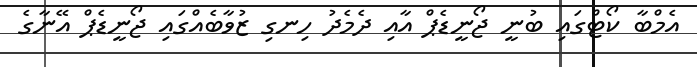
އެމްބާ ކޯޓްގައި ބުނީ ޖޯނީޑެޕް އާއި ދެމެދު ހިނގި ޒުވާބެއްގައި ޖޯނީޑެޕް އޭނާގެ